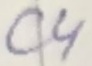
Text: C4